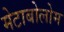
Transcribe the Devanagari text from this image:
मेटाबोलोम